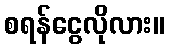
စရန်ငွေလိုလား။